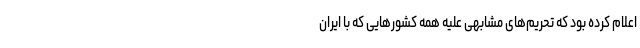
اعلام کرده بود که تحریم‌های مشابهی علیه همه کشور‌هایی که با ایران